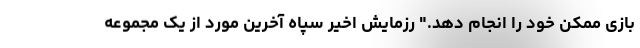
بازی ممکن خود را انجام دهد." رزمایش اخیر سپاه آخرین مورد از یک مجموعه